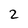
Character: 2